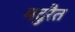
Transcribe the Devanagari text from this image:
मदुरैत